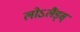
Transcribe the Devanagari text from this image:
लोऽलैंड्स्